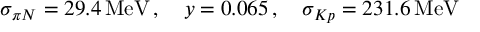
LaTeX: \sigma _ { \pi N } = 2 9 . 4 \, \mathrm { M e V } \, , \quad y = 0 . 0 6 5 \, , \quad \sigma _ { K p } = 2 3 1 . 6 \, \mathrm { M e V }